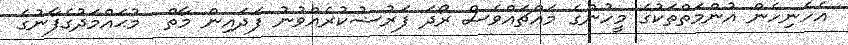
އެހެނިހެން އުންމަތްތަކުގެ މީހުންގެ މައްޗައްވެސް ރޯދަ ފަރުޟުކުރެއްވުނު ފަދައިން މާތް  މުޙައްމަދުގެފާނުގެ